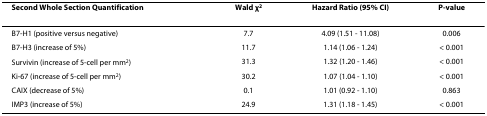
<table><thead><tr><td><b>Second Whole Section Quantification</b></td><td><b>Wald χ<sup>2</sup></b></td><td><b>Hazard Ratio (95% CI)</b></td><td><b>P-value</b></td></tr></thead><tbody><tr><td>B7-H1 (positive versus negative)</td><td>7.7</td><td>4.09 (1.51 - 11.08)</td><td>0.006</td></tr><tr><td>B7-H3 (increase of 5%)</td><td>11.7</td><td>1.14 (1.06 - 1.24)</td><td>&lt; 0.001</td></tr><tr><td>Survivin (increase of 5-cell per mm<sup>2</sup>)</td><td>31.3</td><td>1.32 (1.20 - 1.46)</td><td>&lt; 0.001</td></tr><tr><td>Ki-67 (increase of 5-cell per mm<sup>2</sup>)</td><td>30.2</td><td>1.07 (1.04 - 1.10)</td><td>&lt; 0.001</td></tr><tr><td>CAIX (decrease of 5%)</td><td>0.1</td><td>1.01 (0.92 - 1.10)</td><td>0.863</td></tr><tr><td>IMP3 (increase of 5%)</td><td>24.9</td><td>1.31 (1.18 - 1.45)</td><td>&lt; 0.001</td></tr></tbody></table>